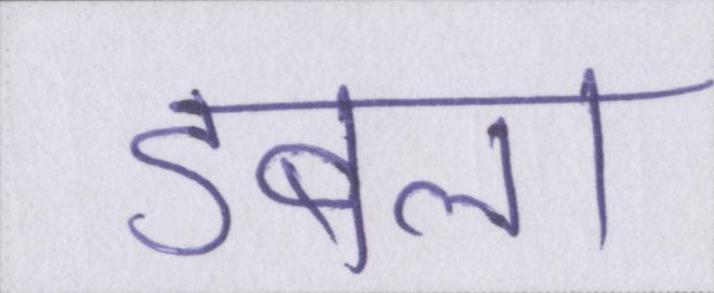
डबला